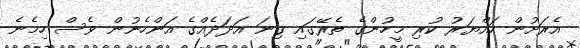
އެރަށުން ހައްޔަރު ކުރި މީހުންގެ ތެރޭގައި ގިނަ އަދަދެއްގެ އަންހެނުން ވެސް ހިމެނެ